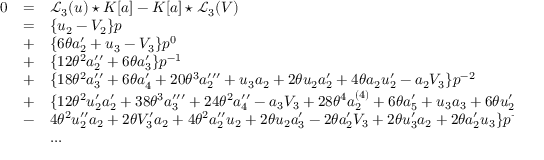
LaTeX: \begin{array} { l c l } { { 0 } } & { { = } } & { { { { \mathcal L } _ { 3 } } ( u ) \star K [ a ] - K [ a ] \star { { \mathcal L } _ { 3 } } ( V ) } } \\ { { } } & { { = } } & { { \{ u _ { 2 } - V _ { 2 } \} p } } \\ { { } } & { { + } } & { { \{ 6 \theta a _ { 2 } ^ { \prime } + u _ { 3 } - V _ { 3 } \} p ^ { 0 } } } \\ { { } } & { { + } } & { { \{ 1 2 { \theta } ^ { 2 } a _ { 2 } ^ { \prime \prime } + 6 \theta a _ { 3 } ^ { \prime } \} p ^ { - 1 } } } \\ { { } } & { { + } } & { { \{ 1 8 { \theta } ^ { 2 } a _ { 3 } ^ { \prime \prime } + 6 \theta a _ { 4 } ^ { \prime } + 2 0 { \theta } ^ { 3 } a _ { 2 } ^ { \prime \prime \prime } + u _ { 3 } a _ { 2 } + 2 \theta u _ { 2 } a _ { 2 } ^ { \prime } + 4 \theta a _ { 2 } u _ { 2 } ^ { \prime } - a _ { 2 } V _ { 3 } \} p ^ { - 2 } } } \\ { { } } & { { + } } & { { \{ 1 2 \theta ^ { 2 } u _ { { 2 } } ^ { \prime } a _ { { 2 } } ^ { \prime } + 3 8 { \theta } ^ { 3 } a _ { 3 } ^ { \prime \prime \prime } + 2 4 { \theta } ^ { 2 } a _ { 4 } ^ { \prime \prime } - a _ { 3 } V _ { 3 } + 2 8 { \theta } ^ { 4 } a _ { 2 } ^ { ( 4 ) } + 6 { \theta } a _ { 5 } ^ { \prime } + u _ { 3 } a _ { 3 } + 6 { \theta } u _ { 2 } ^ { \prime } a _ { 3 } } } \\ { { } } & { { - } } & { { 4 { \theta } ^ { 2 } u _ { 2 } ^ { \prime \prime } a _ { 2 } + 2 { \theta } V _ { 3 } ^ { \prime } a _ { 2 } + 4 { \theta } ^ { 2 } a _ { 2 } ^ { \prime \prime } u _ { 2 } + 2 { \theta } u _ { 2 } a _ { 3 } ^ { \prime } - 2 { \theta } a _ { 2 } ^ { \prime } V _ { 3 } + 2 { \theta } u _ { 3 } ^ { \prime } a _ { 2 } + 2 { \theta } a _ { 2 } ^ { \prime } u _ { 3 } \} p ^ { - 3 } } } \\ { { } } & { { } } & { { . . . } } \end{array}